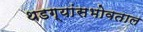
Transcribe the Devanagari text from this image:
थडग्यांसभोवताल